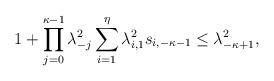
LaTeX: \begin{align*}1+\prod_{j=0}^{\kappa-1}\lambda_{-j}^{2}\sum_{i=1}^{\eta} \lambda_{i,1}^{2}s_{i,-\kappa-1} \le \lambda_{-\kappa+1}^{2},\end{align*}